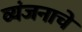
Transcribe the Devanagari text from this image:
व्यंजनाचे